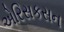
એરિસકસન